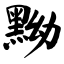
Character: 黝